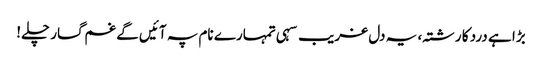
بڑا ہے درد کا رشتہ، یہ دل غریب سہی تمہارے نام پہ آئیں گے غم گسار چلے!